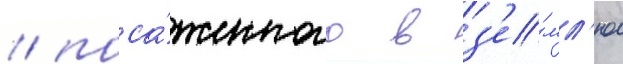
/ поса́женного в з'е́мл'ю